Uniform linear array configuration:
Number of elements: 16
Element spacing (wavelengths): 0.5
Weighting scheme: exponential
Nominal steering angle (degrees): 30
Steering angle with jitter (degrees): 28.249
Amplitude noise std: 0.05
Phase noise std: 0.05

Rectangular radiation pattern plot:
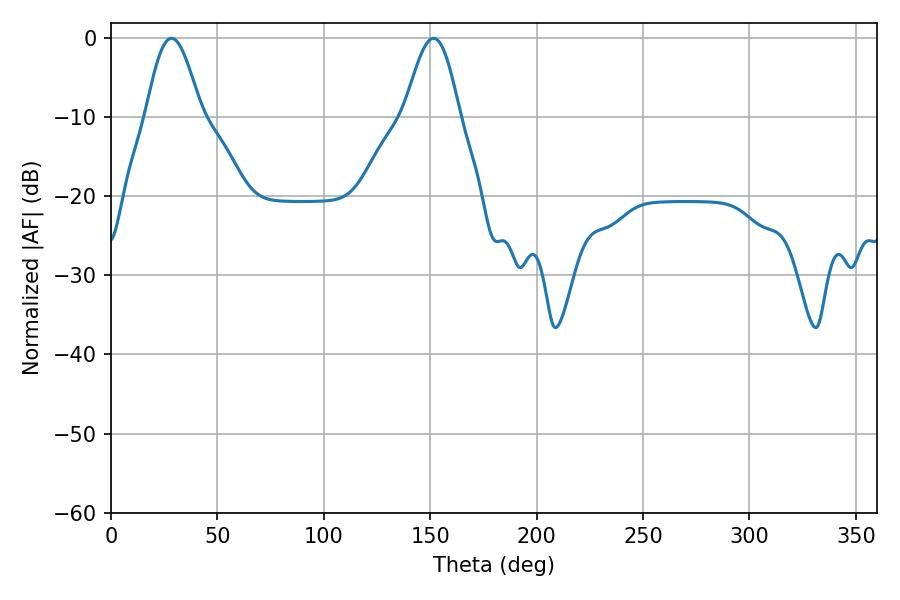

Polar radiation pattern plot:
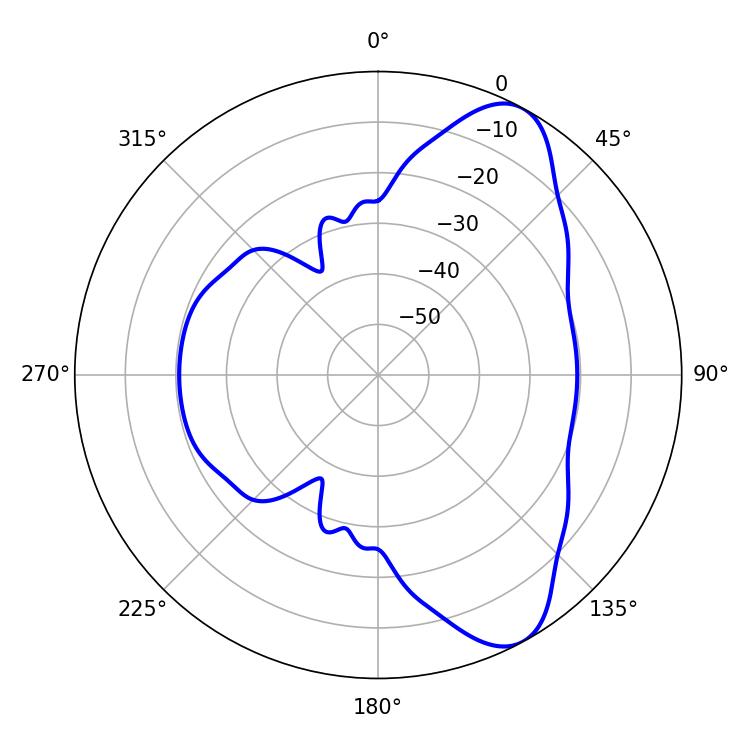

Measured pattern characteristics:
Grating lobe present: FALSE
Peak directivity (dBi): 8.494
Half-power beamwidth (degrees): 13.86
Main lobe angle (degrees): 28.44